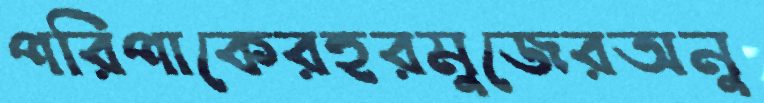
পরিপাকেরহরমুজেরঅনু